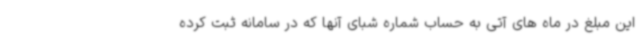
این مبلغ در ماه های آتی به حساب شماره شبای آنها که در سامانه ثبت کرده